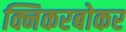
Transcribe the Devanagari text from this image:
क्निकरबोकर